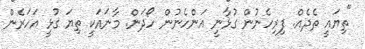
"ތިޔައީ ތެދެއް. ފިރިހެނުން ގުޅާނީ އަންހެނުން ހޯދަން. މާނައަކީ ތިޔަ ގުޅީ އަހަރެން